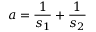
a = \frac { 1 } { s _ { 1 } } + \frac { 1 } { s _ { 2 } }